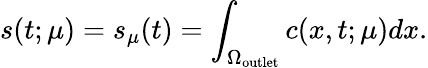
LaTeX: s(t;\mu)=s_{\mu}(t)=\int_{\Omega_{\mathrm{outlet}}}c(x,t;\mu)dx.